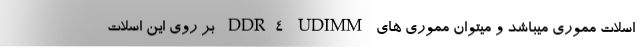
اسلات مموری میباشد و میتوان مموری های DDR4 UDIMM بر روی این اسلات